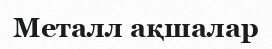
Mеталл ақшалар